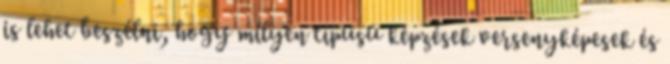
is lehet beszélni, hogy milyen típusú képzések versenyképesek és